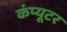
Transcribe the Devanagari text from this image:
कंंप्यूटर